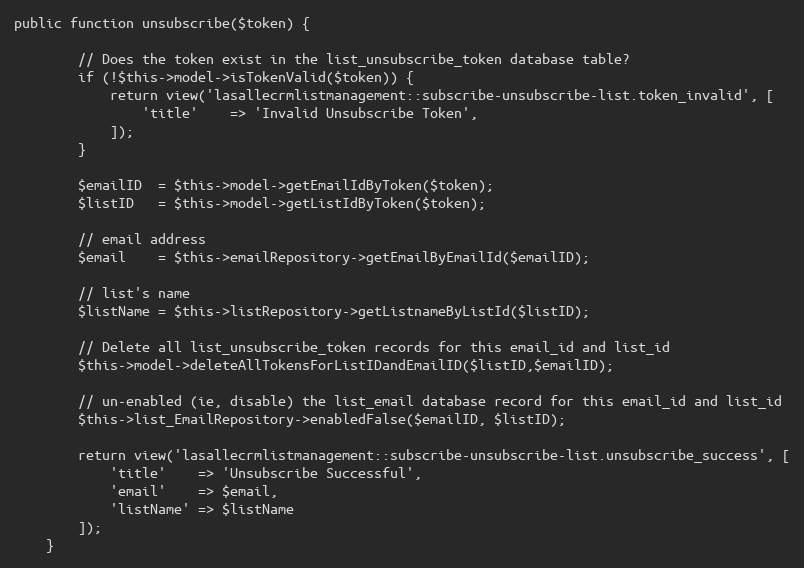
Language: PHP
public function unsubscribe($token) {

        // Does the token exist in the list_unsubscribe_token database table?
        if (!$this->model->isTokenValid($token)) {
            return view('lasallecrmlistmanagement::subscribe-unsubscribe-list.token_invalid', [
                'title'    => 'Invalid Unsubscribe Token',
            ]);
        }

        $emailID  = $this->model->getEmailIdByToken($token);
        $listID   = $this->model->getListIdByToken($token);

        // email address
        $email    = $this->emailRepository->getEmailByEmailId($emailID);

        // list's name
        $listName = $this->listRepository->getListnameByListId($listID);

        // Delete all list_unsubscribe_token records for this email_id and list_id
        $this->model->deleteAllTokensForListIDandEmailID($listID,$emailID);

        // un-enabled (ie, disable) the list_email database record for this email_id and list_id
        $this->list_EmailRepository->enabledFalse($emailID, $listID);

        return view('lasallecrmlistmanagement::subscribe-unsubscribe-list.unsubscribe_success', [
            'title'    => 'Unsubscribe Successful',
            'email'    => $email,
            'listName' => $listName
        ]);
    }